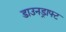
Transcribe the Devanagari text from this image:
डाउनड्राफ्ट